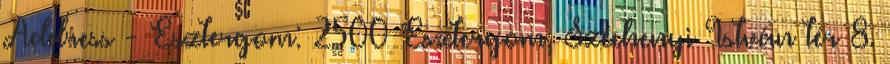
Address - Esztergom: 2500 Esztergom, Széchenyi István tér 8.